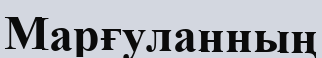
Марғуланның